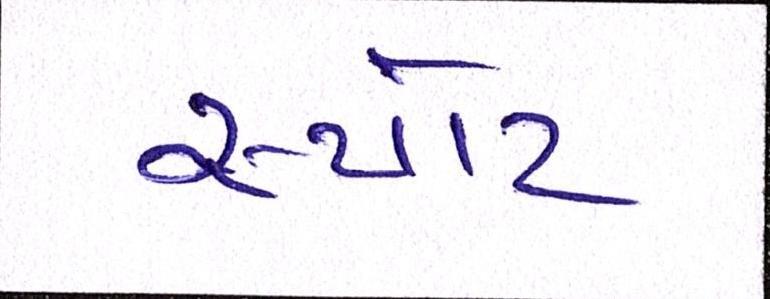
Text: સ્પોટ